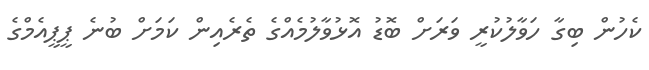
ކެހުން ބިގާ ހަވާލުކުރީ ވަރަށް ބޮޑު އޮޅުވާލުމެއްގެ ތެރެއިން ކަމަށް ބުނެ ޕީޕީއެމްގެ